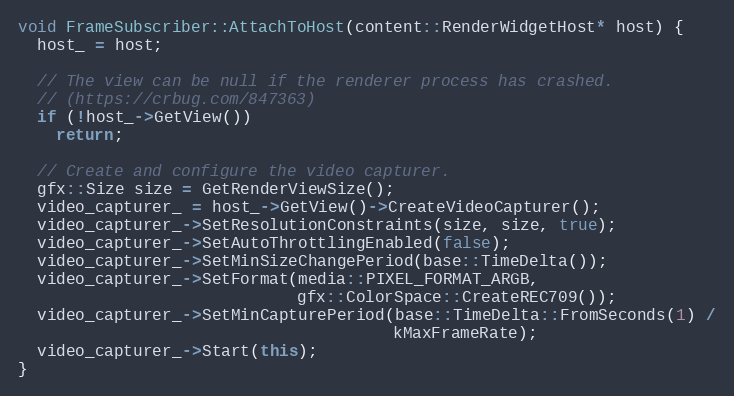
Language: C++
void FrameSubscriber::AttachToHost(content::RenderWidgetHost* host) {
  host_ = host;

  // The view can be null if the renderer process has crashed.
  // (https://crbug.com/847363)
  if (!host_->GetView())
    return;

  // Create and configure the video capturer.
  gfx::Size size = GetRenderViewSize();
  video_capturer_ = host_->GetView()->CreateVideoCapturer();
  video_capturer_->SetResolutionConstraints(size, size, true);
  video_capturer_->SetAutoThrottlingEnabled(false);
  video_capturer_->SetMinSizeChangePeriod(base::TimeDelta());
  video_capturer_->SetFormat(media::PIXEL_FORMAT_ARGB,
                             gfx::ColorSpace::CreateREC709());
  video_capturer_->SetMinCapturePeriod(base::TimeDelta::FromSeconds(1) /
                                       kMaxFrameRate);
  video_capturer_->Start(this);
}